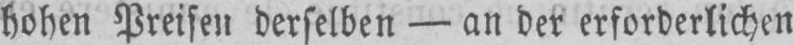
hohen Preisen derselben - an der erforderlichen